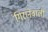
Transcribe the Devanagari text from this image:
गिरानेवाली